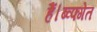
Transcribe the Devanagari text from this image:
हैं।ब्व्फ्गेत